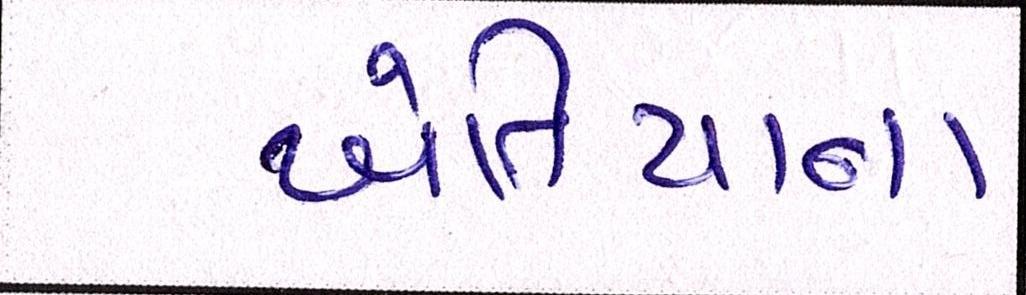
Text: ખેતિયાના